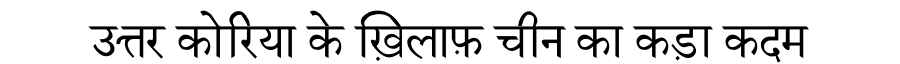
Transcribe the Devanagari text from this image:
उत्तर कोरिया के ख़िलाफ़ चीन का कड़ा कदम